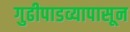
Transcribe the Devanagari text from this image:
गुढीपाडव्यापासून